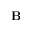
\mathbf { B }